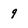
Character: 9